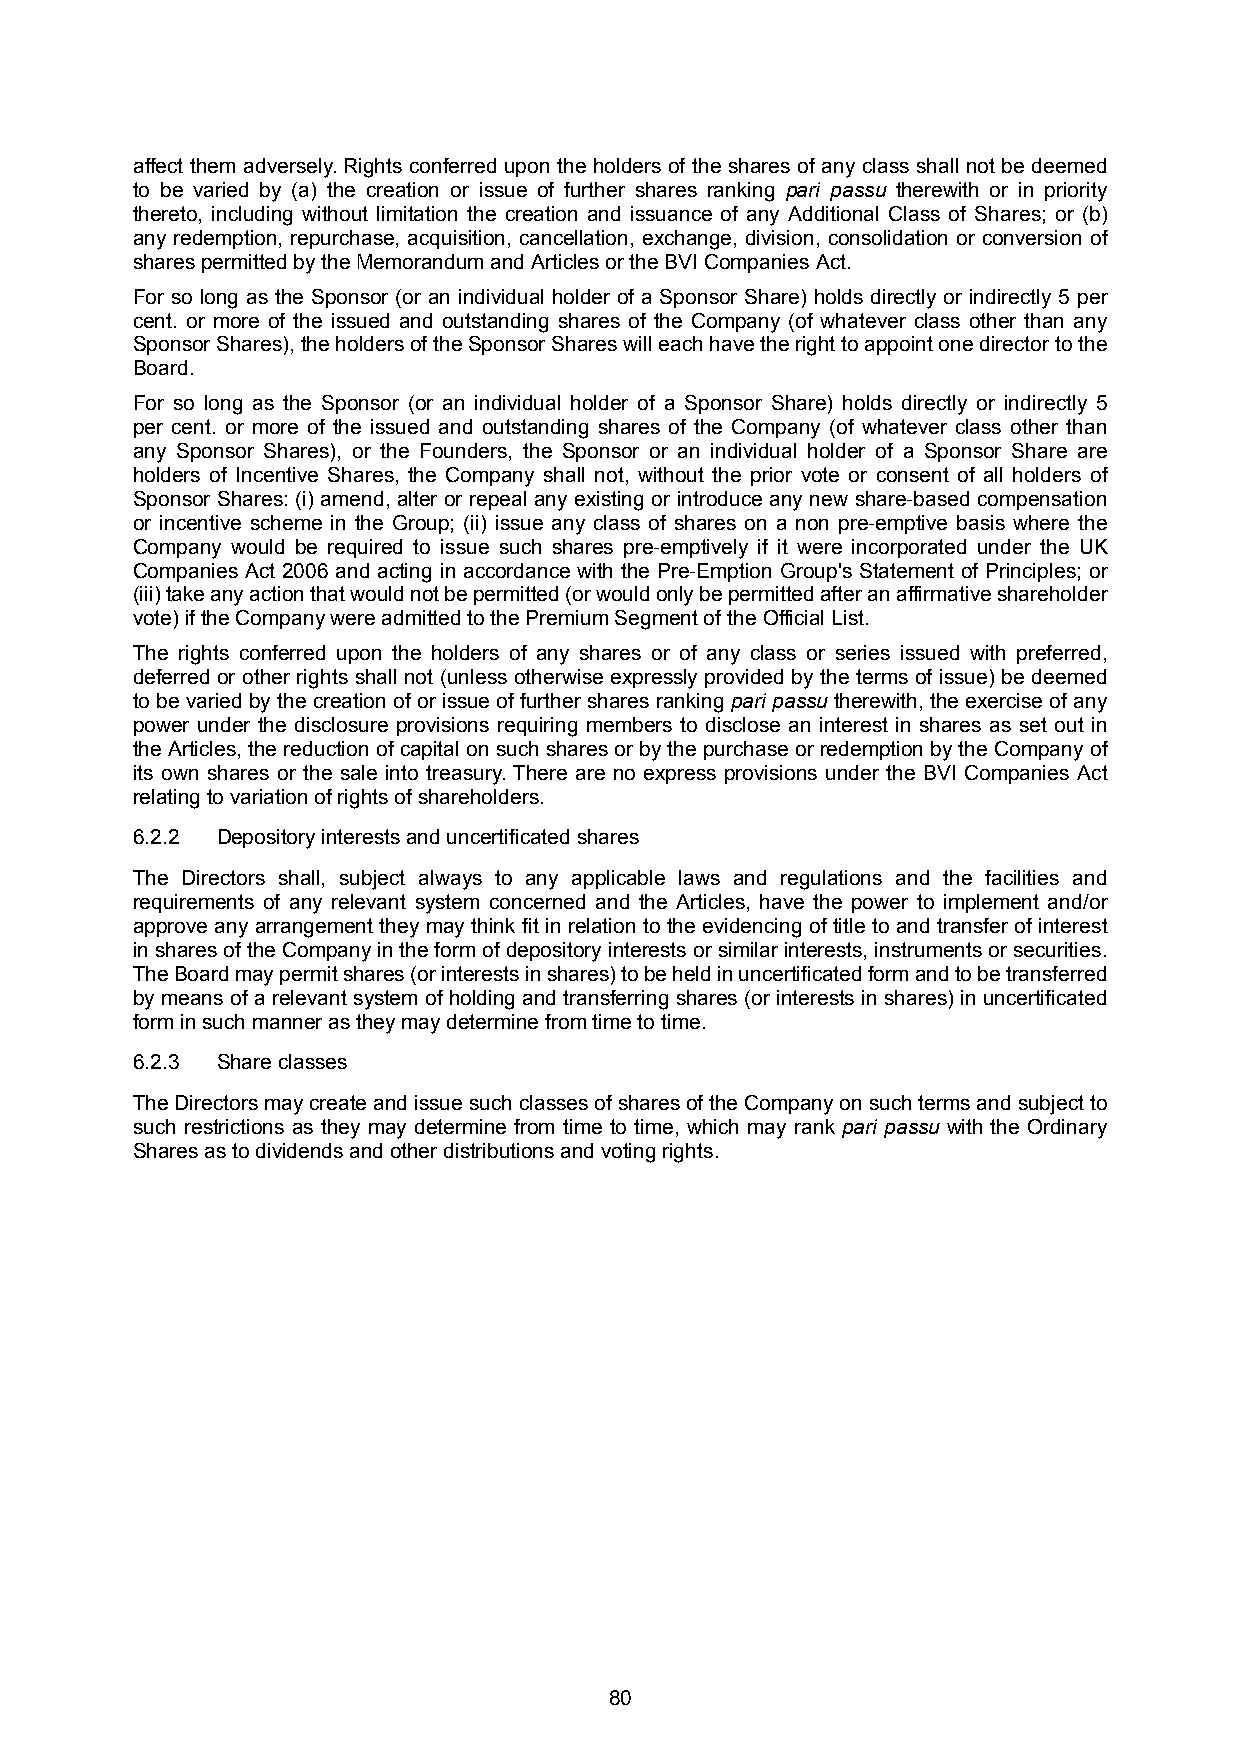
affect them adversely. Rights conferred upon the holders of the shares of any class shall not be deemed
 to be varied by (a) the creation or issue of further shares ranking pari passu therewith or in priority
 thereto, including without limitation the creation and issuance of any Additional Class of Shares; or (b)
 any redemption, repurchase, acquisition, cancellation, exchange, division, consolidation or conversion of
 shares permitted by the Memorandum and Articles or the BVI Companies Act.
 For so long as the Sponsor (or an individual holder of a Sponsor Share) holds directly or indirectly 5 per
 cent. or more of the issued and outstanding shares of the Company (of whatever class other than any
 SponsorShares),theholdersoftheSponsorShareswilleachhavetherighttoappointonedirectortothe
 Board.
 For so long as the Sponsor (or an individual holder of a Sponsor Share) holds directly or indirectly 5
 per cent. or more of the issued and outstanding shares of the Company (of whatever class other than
 any Sponsor Shares), or the Founders, the Sponsor or an individual holder of a Sponsor Share are
 holders of Incentive Shares, the Company shall not, without the prior vote or consent of all holders of
 Sponsor Shares: (i) amend, alter or repeal any existing or introduce any new share-based compensation
 or incentive scheme in the Group; (ii) issue any class of shares on a non pre-emptive basis where the
 Company would be required to issue such shares pre-emptively if it were incorporated under the UK
 Companies Act 2006 and acting in accordance with the Pre-Emption Group's Statement of Principles; or
 (iii)takeanyactionthatwouldnotbepermitted(orwouldonlybepermittedafteranaffirmativeshareholder
 vote) if the Company were admitted to the Premium Segment of the Official List.
 The rights conferred upon the holders of any shares or of any class or series issued with preferred,
 deferred or other rights shall not (unless otherwise expressly provided by the terms of issue) be deemed
 to be varied by the creation of or issue of further shares ranking pari passu therewith, the exercise of any
 power under the disclosure provisions requiring members to disclose an interest in shares as set out in
 the Articles, the reduction of capital on such shares or by the purchase or redemption by the Company of
 its own shares or the sale into treasury. There are no express provisions under the BVI Companies Act
 relating to variation of rights of shareholders.
 6.2.2 Depository interests and uncertificated shares
 The Directors shall, subject always to any applicable laws and regulations and the facilities and
 requirements of any relevant system concerned and the Articles, have the power to implement and/or
 approve any arrangement they may think fit in relation to the evidencing of title to and transfer of interest
 insharesoftheCompanyintheformofdepositoryinterestsorsimilarinterests,instrumentsorsecurities.
 TheBoardmaypermitshares(orinterestsinshares)tobeheldinuncertificatedformandtobetransferred
 by means of a relevant system of holding and transferring shares (or interests in shares) in uncertificated
 form in such manner as they may determine from time to time.
 6.2.3 Share classes
 TheDirectorsmaycreateandissuesuchclassesofsharesoftheCompanyonsuchtermsandsubjectto
 such restrictions as they may determine from time to time, which may rank pari passu with the Ordinary
 Shares as to dividends and other distributions and voting rights.
 80